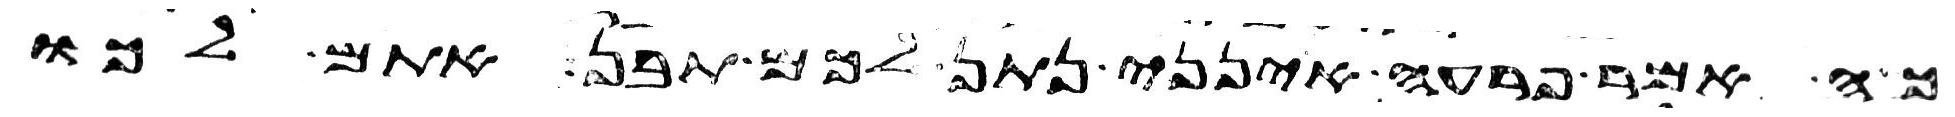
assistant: כה אמר פרעה אינני נתן לכם תבן אתם לכו